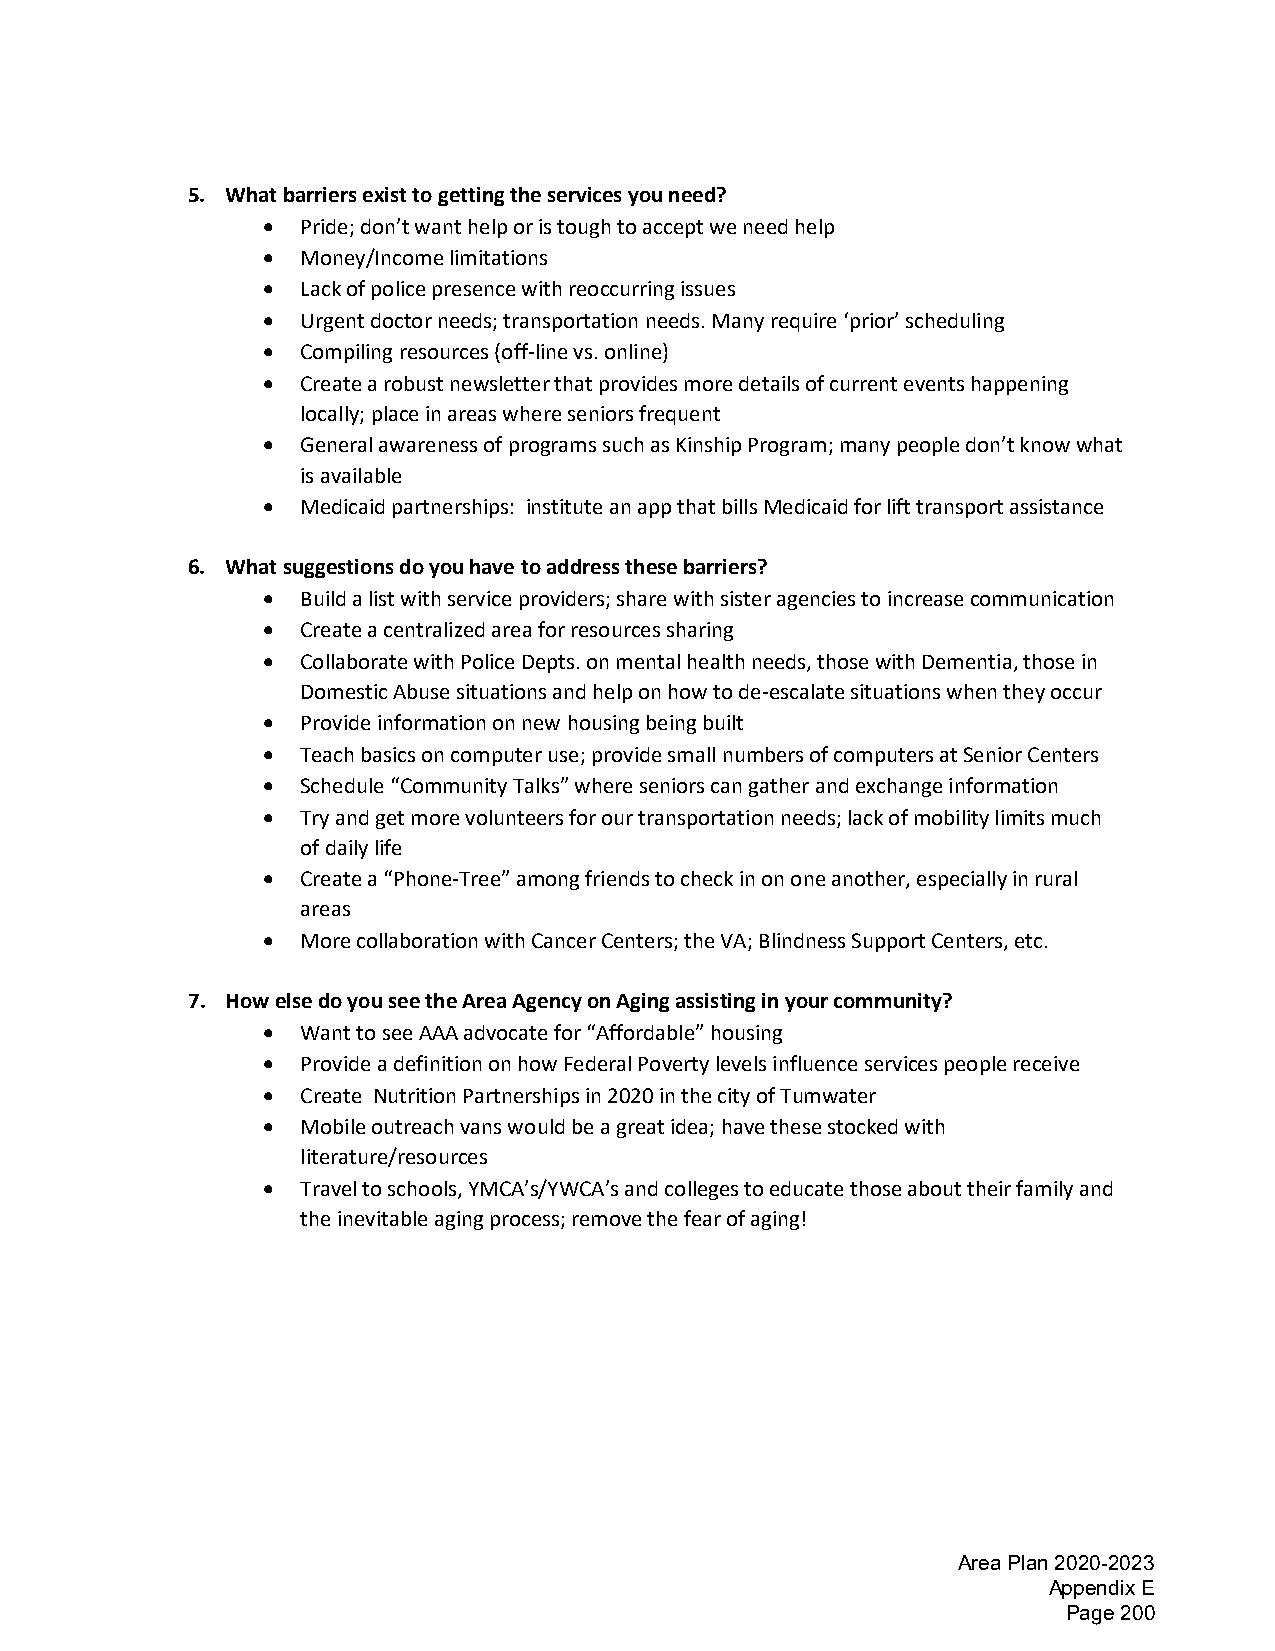
5. What barriers exist to getting the services you need?
 •  Pride; don’t want help or is tough to accept we need help
 •  Money/Income limitations
 •  Lack of police presence with reoccurring issues
 •  Urgent doctor needs; transportation needs. Many require ‘prior’ scheduling
 •  Compiling resources (off-line vs. online)
 •  Create a robust newsletter that provides more details of current events happening
 locally; place in areas where seniors frequent
 •  General awareness of programs such as Kinship Program; many people don’t know what
 is available
 •  Medicaid partnerships: institute an app that bills Medicaid for lift transport assistance
 6. What suggestions do you have to address these barriers?
 •  Build a list with service providers; share with sister agencies to increase communication
 •  Create a centralized area for resources sharing
 •  Collaborate with Police Depts. on mental health needs, those with Dementia, those in
 Domestic Abuse situations and help on how to de-escalate situations when they occur
 •  Provide information on new housing being built
 •  Teach basics on computer use; provide small numbers of computers at Senior Centers
 •  Schedule “Community Talks” where seniors can gather and exchange information
 •  Try and get more volunteers for our transportation needs; lack of mobility limits much
 of daily life
 •  Create a “Phone-Tree” among friends to check in on one another, especially in rural
 areas
 •  More collaboration with Cancer Centers; the VA; Blindness Support Centers, etc.
 7. How else do you see the Area Agency on Aging assisting in your community?
 •  Want to see AAA advocate for “Affordable” housing
 •  Provide a definition on how Federal Poverty levels influence services people receive
 •  Create Nutrition Partnerships in 2020 in the city of Tumwater
 •  Mobile outreach vans would be a great idea; have these stocked with
 literature/resources
 •  Travel to schools, YMCA’s/YWCA’s and colleges to educate those about their family and
 the inevitable aging process; remove the fear of aging!
 Area Plan 2020-2023
 Appendix E
 Page 200